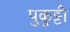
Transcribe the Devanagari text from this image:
पुकुट्टी